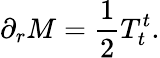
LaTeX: \partial_{r}M={\frac{1}{2}}T_{t}^{t}.